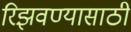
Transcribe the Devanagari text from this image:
रिझवण्यासाठी